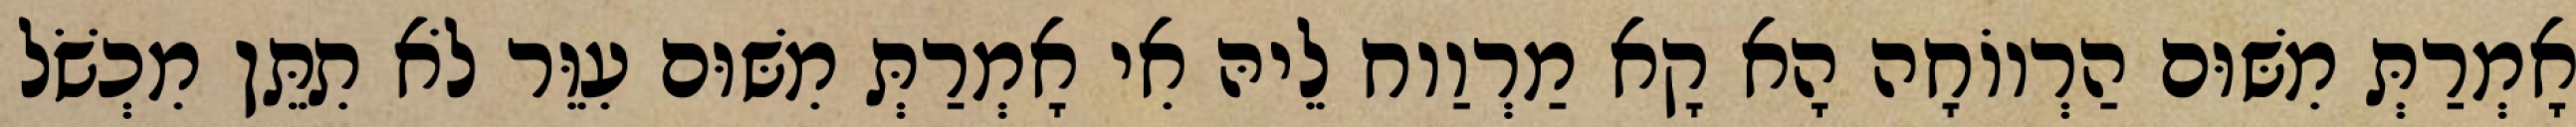
אָמְרַתְּ מִשּׁוּם הַרְווֹחָה הָא קָא מַרְוַוח לֵיהּ אִי אָמְרַתְּ מִשּׁוּם עִוֵּר לֹא תִתֵּן מִכְשֹׁל